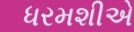
ધરમશીએ